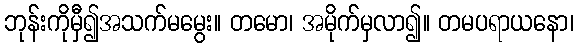
ဘုန်းကိုမှီ၍အသက်မမွေး။ တမော၊ အမိုက်မှလာ၍။ တမပရာယနော၊